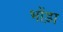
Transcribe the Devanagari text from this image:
भोंड़ा